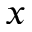
\boldsymbol { x }